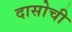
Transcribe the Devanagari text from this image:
दासोची